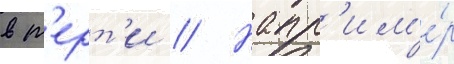
в т'ерт'и // Напр'им'е́р